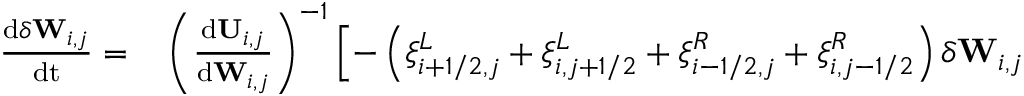
\begin{array} { r l } { \frac { \mathrm { d } \delta \mathbf { W } _ { i , j } } { \mathrm { d t } } = } & { { } \left( \frac { \mathrm { d } \mathbf { U } _ { i , j } } { \mathrm { d } { \mathbf { W } _ { i , j } } } \right) ^ { - 1 } \left[ - \left( \xi _ { i + 1 / 2 , j } ^ { L } + \xi _ { i , j + 1 / 2 } ^ { L } + \xi _ { i - 1 / 2 , j } ^ { R } + \xi _ { i , j - 1 / 2 } ^ { R } \right) \delta \mathbf { W } _ { i , j } \right. } \end{array}